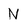
Character: N